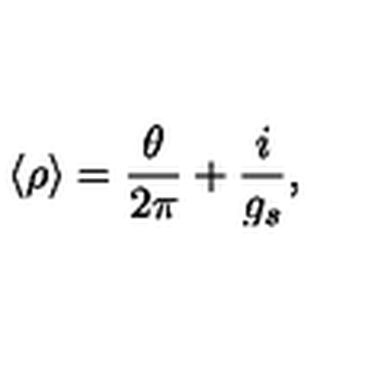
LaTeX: \langle \rho \rangle = \frac { \theta } { 2 \pi } + \frac { i } { g _ { s } } ,